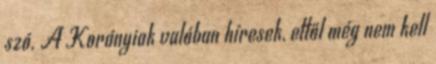
szó. A Korányiak valóban híresek, ettől még nem kell